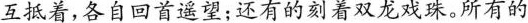
互抵着，各自回首遥望；还有的刻着双龙戏珠。所有的